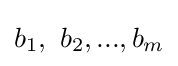
b_{1},\ b_{2},...,b_{m}